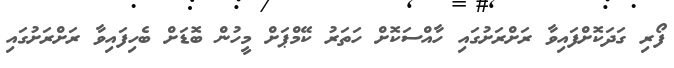
ފޯރި ގަދަކޮށްފައިވާ ރަށްރަށުގައި ހާއްސަކޮށް ހަތަރު ކޭމްޕަށް މީހުން ބޮޑަށް ބެހިފައިވާ ރަށްރަށުގައި